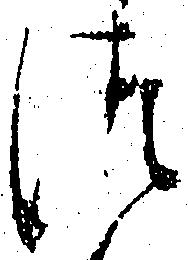
つ